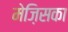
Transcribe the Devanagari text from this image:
मेज़िसका